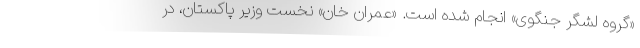
«گروه لشگر جنگوی» انجام شده است. «عمران خان» نخست وزیر پاکستان، در